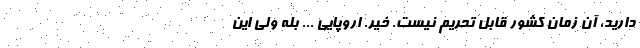
داريد، آن زمان كشور قابل تحريم نيست. خير. اروپايي ... بله ولي اين